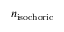
n _ { \mathrm { i s o c h o r i c } }